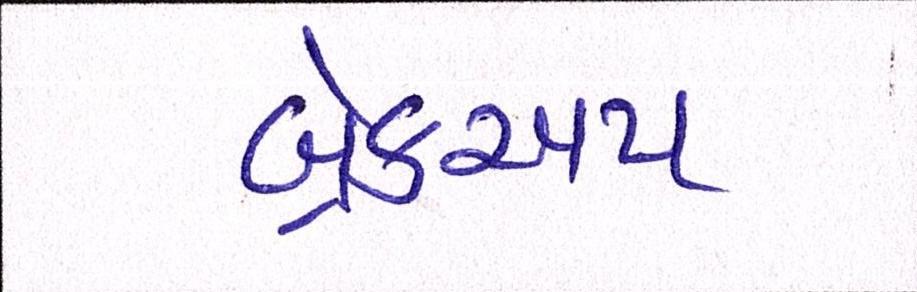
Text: બ્રેકઅપ